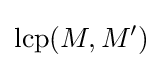
\mathrm {lcp} (M,M')